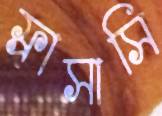
ফ্রাসাসি